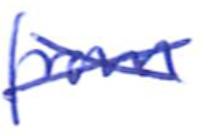
Text: from
Cross-out: cross
Writing tool: ballpoint